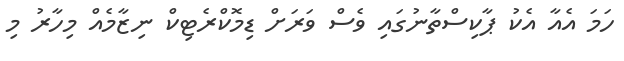
ހަމަ އެއާ އެކު ޕާކިސްތާނުގައި ވެސް ވަރަށް ޑިމޮކްރެޓިކް ނިޒާމެއް މިހާރު މި